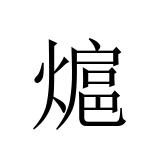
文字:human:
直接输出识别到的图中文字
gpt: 熩